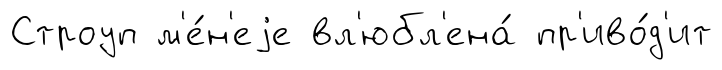
Строуп м'е́н'еjе вл'юбл'ена́ пр'иво́д'ит